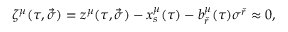
\zeta ^ { \mu } ( \tau , \vec { \sigma } ) = z ^ { \mu } ( \tau , \vec { \sigma } ) - x _ { s } ^ { \mu } ( \tau ) - b _ { \check { r } } ^ { \mu } ( \tau ) \sigma ^ { \check { r } } \approx 0 ,